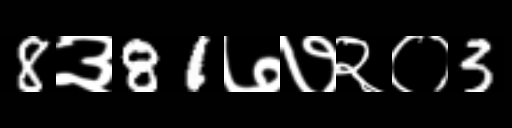
Text: 8३81७७२०3